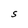
Character: S